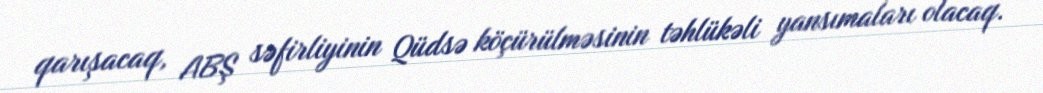
qarışacaq, ABŞ səfirliyinin Qüdsə köçürülməsinin təhlükəli yansımaları olacaq.